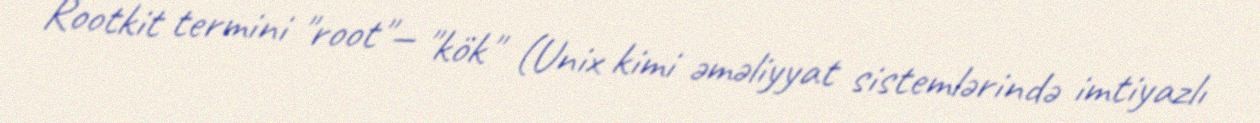
Rootkit termini "root"— "kök" (Unix kimi əməliyyat sistemlərində imtiyazlı